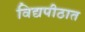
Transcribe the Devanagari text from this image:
विद्यपीठात